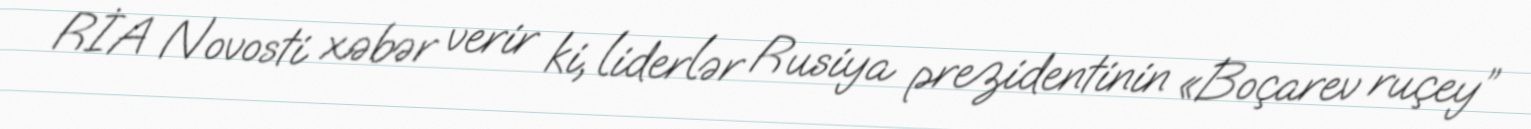
RİA Novosti xəbər verir ki, liderlər Rusiya prezidentinin «Boçarev ruçey”